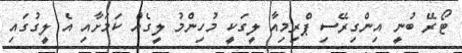
ޓޯރޭ ބުނީ އިންގިރޭސި ޕްރިމިއާ ލީގަކީ މުހިންމު ލީގެއް ކަމަށާއި އެ ލީގުގައި